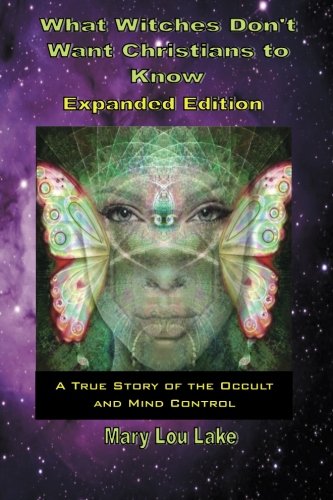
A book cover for What Witches Don't Want Christians to Know -Expanded Edition; Mary Lou Lake; Christian Books & Bibles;